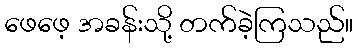
ဖေဖေ့ အခန်းသို့ တက်ခဲ့ကြသည်။